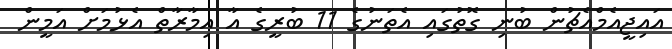
އައިޖީއެމްއެޗުން ބުނި ގޮތުގައި އެތަނުގެ 11 ބުރީގެ އާ އިމާރާތް އެޅުމަށް އަމީން